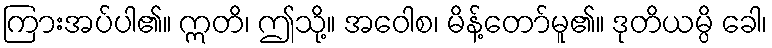
ကြားအပ်ပါ၏။ ဣတိ၊ ဤသို့။ အဝေါစ၊ မိန့်တော်မူ၏။ ဒုတိယမ္ပိ ခေါ၊